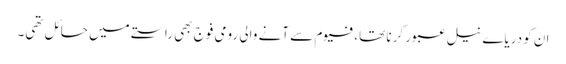
ان کو دریاے نیل عبور کرنا تھا،فیوم سے آنے والی رومی فوج بھی راستے میں حائل تھی۔